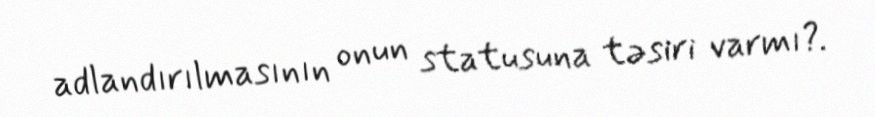
adlandırılmasının onun statusuna təsiri varmı?.